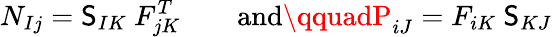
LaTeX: N_{Ij}=\mathsf{S}_{IK}~F_{jK}^{T}\qquad{\mathrm{{and}}}\qquadP_{iJ}=F_{iK}~\mathsf{S}_{KJ}